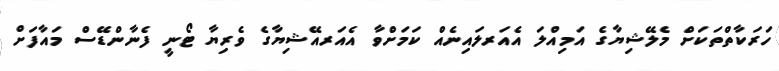
ހަރަކާތްތަކަށް މެލޭޝިޔާގެ އަމިއްލަ އެއަރލައިނެއް ކަމަށްވާ އެއަރއޭޝިޔާގެ ވެރިޔާ ޓޯނީ ފެނާންޑޭސް މައާފަށް